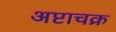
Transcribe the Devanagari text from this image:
अष्टाचक्र